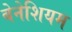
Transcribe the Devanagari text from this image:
बेनेशियम